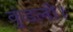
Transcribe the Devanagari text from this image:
कुंडली।